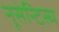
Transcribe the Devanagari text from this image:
नूसेन्टिस्म